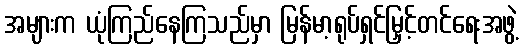
အများက ယုံကြည်နေကြသည်မှာ မြန်မာ့ရုပ်ရှင်မြှင့်တင်ရေးအဖွဲ့